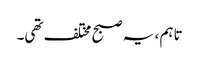
تاہم ، یہ صبح مختلف تھی۔